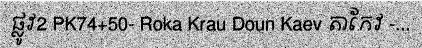
ផ្លូវ2 PK74+50- Roka Krau Doun Kaev តាកែវ -...